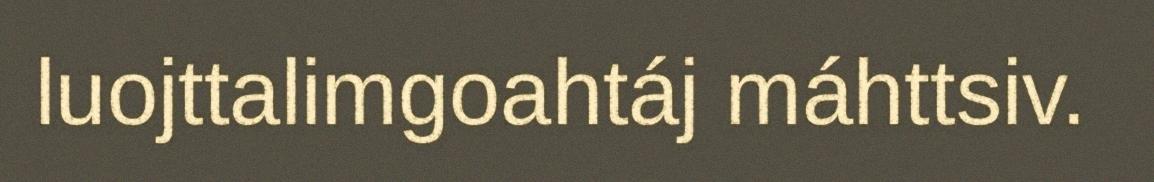
luojttalimgoahtáj máhttsiv.